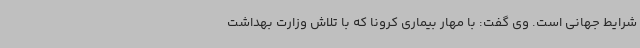
شرایط جهانی است. وی گفت: با مهار بیماری کرونا که با تلاش وزارت بهداشت